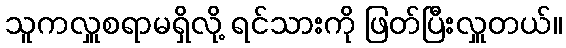
သူကလှူစရာမရှိလို့ ရင်သားကို ဖြတ်ပြီးလှူတယ်။